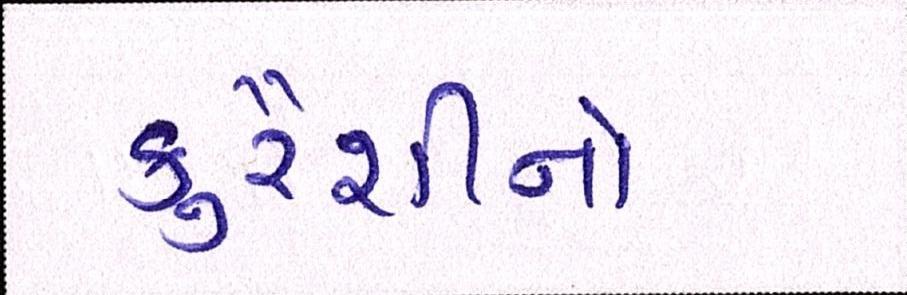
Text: કુરૈશીનો